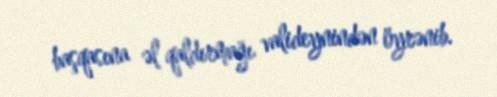
başqasına əl qaldırmağı valideynindən öyrənib.